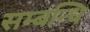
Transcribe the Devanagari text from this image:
सम्‍बन्‍धि